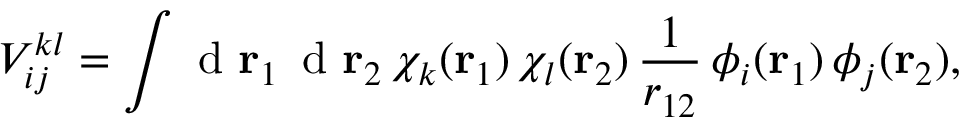
{ V } _ { i j } ^ { k l } = \int \mathrm { ~ d ~ } { \mathbf { r } _ { 1 } } \, \mathrm { ~ d ~ } { \mathbf { r } _ { 2 } } \, \chi _ { k } ( { \mathbf { r } _ { 1 } } ) \, \chi _ { l } ( { \mathbf { r } _ { 2 } } ) \, \frac { 1 } { r _ { 1 2 } } \, \phi _ { i } ( { \mathbf { r } _ { 1 } } ) \, \phi _ { j } ( { \mathbf { r } _ { 2 } } ) ,